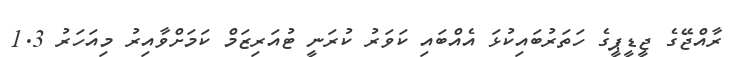
ރާއްޖޭގެ ޖީޑީޕީގެ ހަތަރުބައިކުޅަ އެއްބައި ކަވަރު ކުރަނީ ޓުއަރިޒަމް ކަމަށްވާއިރު މިއަހަރު 1.3